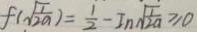
f ( \sqrt { \frac { 1 } { 2 a } } ) = \frac { 1 } { 2 } - I n \sqrt { \frac { 1 } { 2 a } } \geq 0